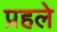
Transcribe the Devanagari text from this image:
प्रहले